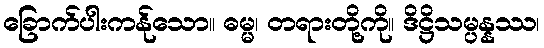
ခြောက်ပါးကန်ုသော။ ဓမ္မ၊ တရားတို့ကို။ ဒိဋ္ဌိသမ္ပန္နဿ၊